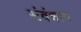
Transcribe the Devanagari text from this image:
संवंधान